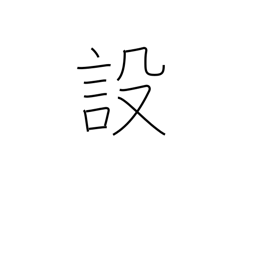
Meaning: provision